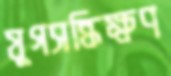
যুগসন্ধিক্ষণ